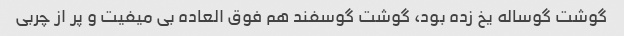
گوشت گوساله یخ زده بود، گوشت گوسفند هم فوق العاده بی میفیت و پر از چربی